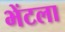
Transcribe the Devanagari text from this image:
भेंटला